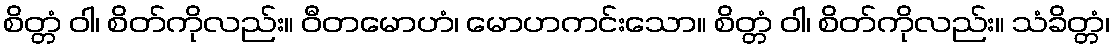
စိတ္တံ ဝါ၊ စိတ်ကိုလည်း။ ဝီတမောဟံ၊ မောဟကင်းသော။ စိတ္တံ ဝါ၊ စိတ်ကိုလည်း။ သံခိတ္တံ၊